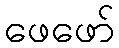
ဖေဖော်